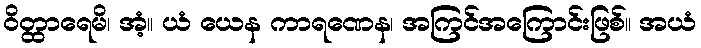
ဝိတ္ထာရေမိ၊ အံ့။ ယံ ယေန ကာရဏေန၊ အကြင်အကြောင်းဖြစ်။ အယံ